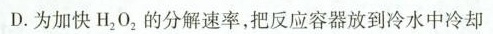
D.为加快H_{2}O_{2}的分解速率，把反应容器放到冷水中冷却